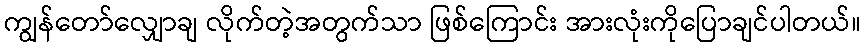
ကျွန်တော်လျှောချ လိုက်တဲ့အတွက်သာ ဖြစ်ကြောင်း အားလုံးကိုပြောချင်ပါတယ်။